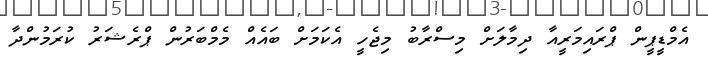
އެމްޑީޕީން ޕްރައިމަރީއާ ދިމާލަށް މިސްރާބު މިޖެހީ އެކަމަށް ބައެއް މެމްބަރުން ޕްރެޝަރު ކުރަމުންދާ